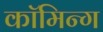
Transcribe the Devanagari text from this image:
कॉमिन्ग